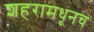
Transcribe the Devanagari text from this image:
शहरामधूनच